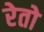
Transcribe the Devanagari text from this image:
रेतो